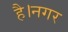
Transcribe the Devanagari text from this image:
है।नगर